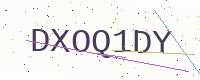
Text: DXOQ1DY